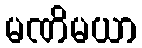
မဏိမယာ